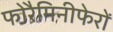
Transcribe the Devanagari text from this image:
फोरैमिनीफेरों